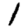
Digit: 1